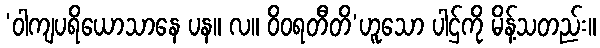
‘ဝါကျပရိယောသာနေ ပန။ လ။ ဝိဝရတီတိ’ဟူသော ပါဌ်ကို မိန့်သတည်း။